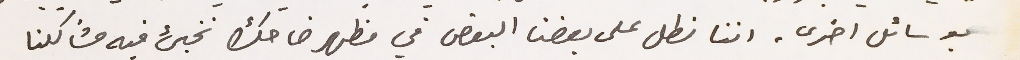
بوسائل اخرى. اننا نطل على بعضنا البعض في مظهر ضاحك نخبئ فيه مشاكلنا